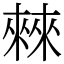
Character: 㯤